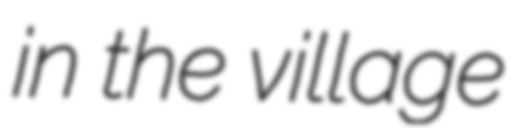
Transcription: in the village